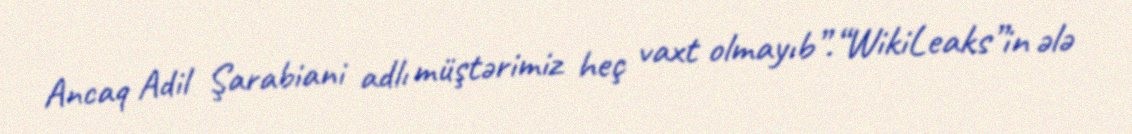
Ancaq Adil Şarabiani adlı müştərimiz heç vaxt olmayıb”.“WikiLeaks”in ələ